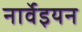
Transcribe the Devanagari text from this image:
नार्वेइयन